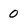
Character: 0